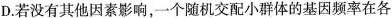
D.若没有其他因素影响，一个随机交配小群体的基因频率在各